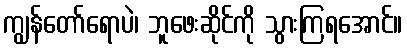
ကျွန်တော်ရောပဲ၊ ဘူဖေးဆိုင်ကို သွားကြရအောင်။